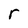
Character: r